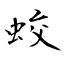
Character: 蛟